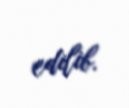
edilib.